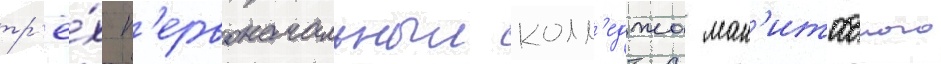
тр'ё́х п'ервоначальныи колл'еджа ман'итобского